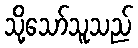
သို့သော်သူသည်